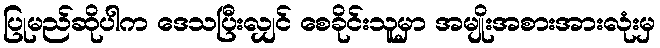
ပြုမည်ဆိုပါက ဒေသပြီးလျှင် စေခိုင်းသူမှာ အမျိုးအစားအားလုံးမှ